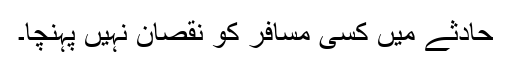
حادثے میں کسی مسافر کو نقصان نہیں پہنچا۔